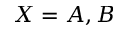
X = A , B